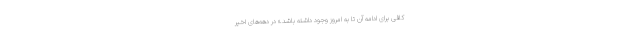
کافی برای ادامه آن تا به امروز وجود داشته باشد.» در دهه‌های اخیر